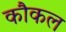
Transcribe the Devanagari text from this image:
कौकल